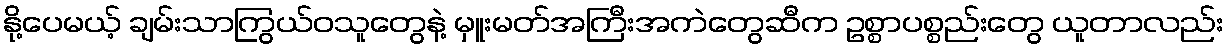
နို့ပေမယ့် ချမ်းသာကြွယ်ဝသူတွေနဲ့ မှူးမတ်အကြီးအကဲတွေဆီက ဥစ္စာပစ္စည်းတွေ ယူတာလည်း